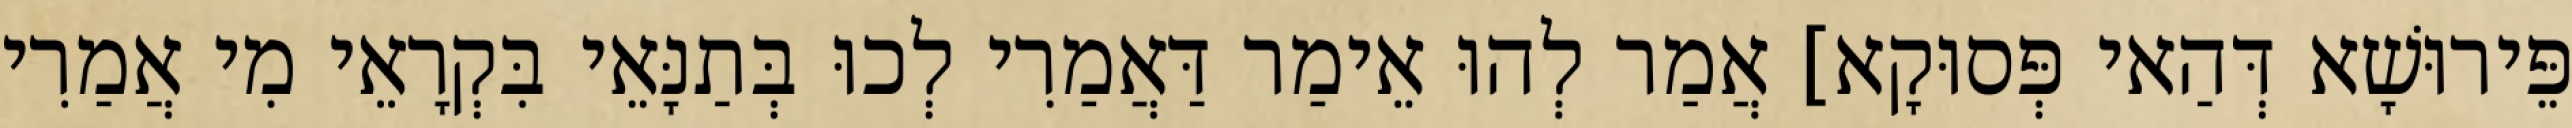
פֵּירוּשָׁא דְּהַאי פְּסוּקָא] אֲמַר לְהוּ אֵימַר דַּאֲמַרִי לְכוּ בְּתַנָּאֵי בִּקְרָאֵי מִי אֲמַרִי